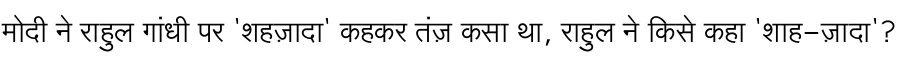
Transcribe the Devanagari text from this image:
मोदी ने राहुल गांधी पर 'शहज़ादा' कहकर तंज़ कसा था, राहुल ने किसे कहा 'शाह-ज़ादा'?